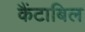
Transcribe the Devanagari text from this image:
कैंटाबिल